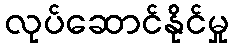
လုပ်ဆောင်နိုင်မှု